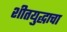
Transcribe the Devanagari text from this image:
शीतयुद्धाचा